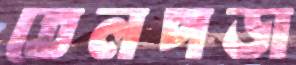
তেলপড়া